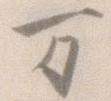
万